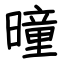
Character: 曈